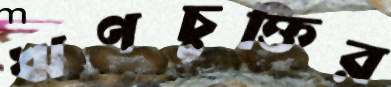
ঋণচুক্তির